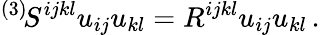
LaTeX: {}^{(3)}\! S^{ijkl}u_{ij}u_{kl}=R^{ijkl}u_{ij}u_{kl}\, .